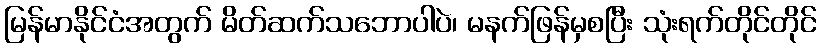
မြန်မာနိုင်ငံအတွက် မိတ်ဆက်သဘောပါပဲ၊ မနက်ဖြန်မှစပြီး သုံးရက်တိုင်တိုင်